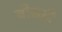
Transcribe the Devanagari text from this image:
वीसही